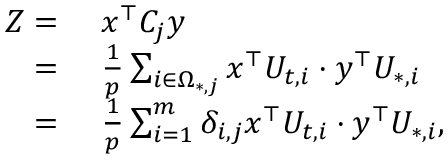
\begin{array} { r l } { Z = } & { ~ x ^ { \top } C _ { j } y } \\ { = } & { ~ \frac { 1 } { p } \sum _ { i \in \Omega _ { * , j } } x ^ { \top } U _ { t , i } \cdot y ^ { \top } U _ { * , i } } \\ { = } & { ~ \frac { 1 } { p } \sum _ { i = 1 } ^ { m } \delta _ { i , j } x ^ { \top } U _ { t , i } \cdot y ^ { \top } U _ { * , i } , } \end{array}